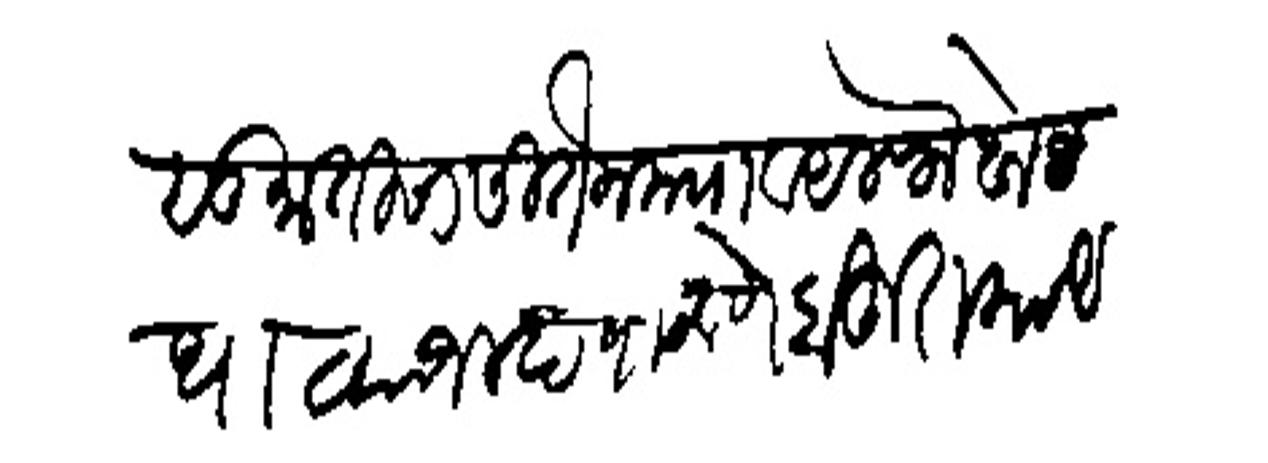
Transliteration (Devanagari): सुर तिसा सिर्तन मया व अलफ खोपट्या जलद पाठवणें बहुत काय